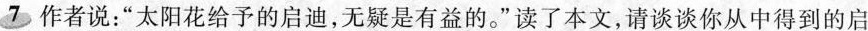
7 作者说：”太阳花给予的启迪，无疑是有益的”读了本文，请谈谈你从中得到的启